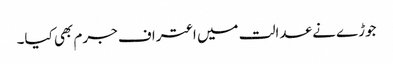
جوڑے نے عدالت میں اعتراف جرم بھی کیا۔